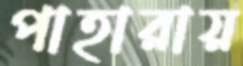
পাহারায়